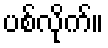
ပစ်လိုက်။